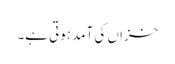
خزاں کی آمد ہوتی ہے۔